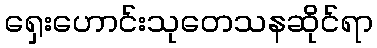
ရှေးဟောင်းသုတေသနဆိုင်ရာ